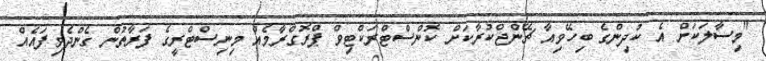
"މިސާލަކަށް އެ ކުދިންގެ ބިހޭވިއާ ޗޭންޖްކުރާކަށް ކޮންސްޓްރަކްޓިވް ޕްރޮގްރާމެއް މިނިސްޓްރީގެ ފަރާތުން ގެންދެވިފައެއް